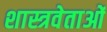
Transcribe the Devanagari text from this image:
शास्त्रवेताओं